Indian journal of veterinary science and animal husbandry - Volumes 24-25, 1954-1955
Year: 1954
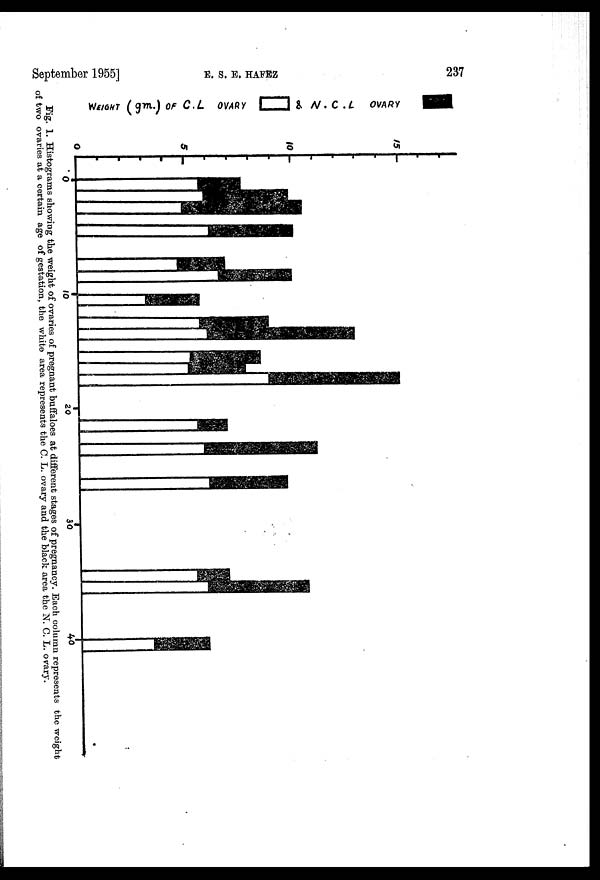
September 1955]
E.
S.
E.
HAFEZ
237
Fig. 1. Histograms showing the weight of ovaries of pregnant buffaloes at different stages of pregnancy. Each column represents the weight
of two ovaries at a certain age of gestation, the white area represents the C. L. ovary and the black area the N. C. L. ovary.